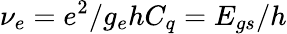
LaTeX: \nu_{e}=e^{2}/g_{e}hC_{q}=E_{gs}/h